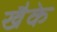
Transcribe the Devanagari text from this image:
खैके